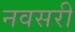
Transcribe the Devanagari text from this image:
नवसरी